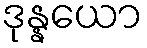
ဒုန္နယော